Lunatic asylums in Bengal annual reports 1912-1924 - 1912-1924
Year: 1912
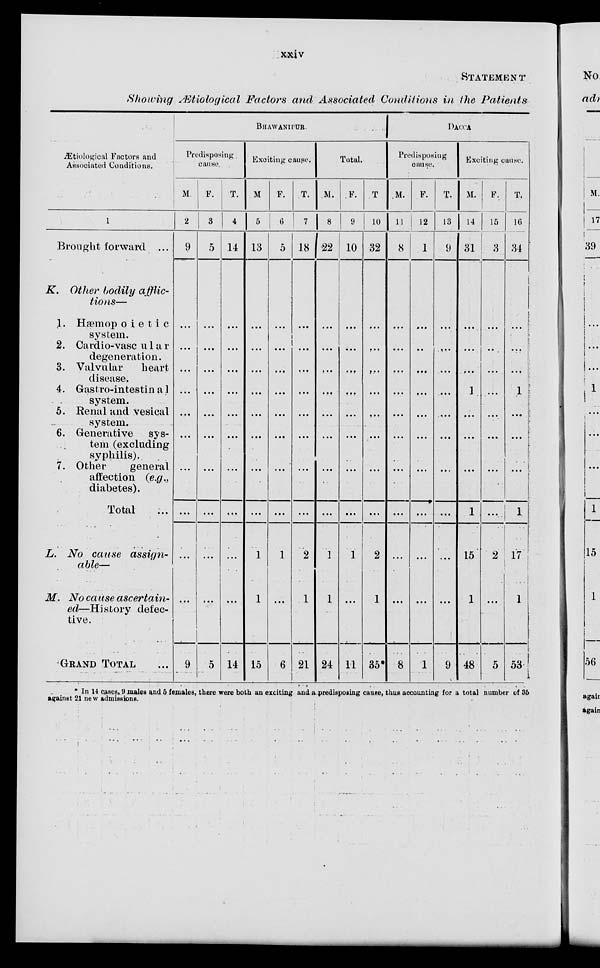
xxiv
STATEMENT
Showing Ætiological Factors and Associated Conditions in the Patients
Ætiological Factors and
Associated Conditions.
1
Brought forward ...
K. Other bodily afflic-
tions—
1. Hæmopoietic
system.
2. Cardio-vascular
degeneration.
3. Valvular
heart
disease.
4. Gastro-intestinal
system.
5. Renal and vesical
system.
6. Generative
sys-
tem (excluding
syphilis)
7. Other
general
affection (e.g.,
diabetes).
Total ...
L. No cause
assign-
able—
M. No cause ascertain-
ed—History detec-
tive.
GRAND TOTAL ...
BHAWANIPUR.
Predisposing
cause.
M
2
9
...
...
...
...
...
...
...
...
...
...
9
F.
3
5
...
...
...
...
...
...
...
...
...
...
5
T.
4
14
...
...
...
...
...
...
...
...
...
...
14
Exciting cause.
M
5
13
...
...
...
...
...
...
...
...
1
1
15
F.
6
5
...
...
...
...
...
...
...
...
1
...
6
T.
7
18
...
...
...
...
...
...
...
...
2
1
21
Total.
M.
8
22
...
...
...
...
...
...
...
...
1
1
24
F.
9
10
...
...
...
...
...
...
...
...
1
...
11
T
10
32
...
...
...
...
...
...
...
...
2
1
35
DACCA
Predisposing
cause.
M.
11
8
...
...
...
...
...
...
...
...
...
...
8
F.
12
1
...
...
...
...
...
...
...
...
...
...
1
T.
13
9
...
...
...
...
......
...
...
...
...
...
9
Exciting cause.
M.
14
31
...
...
...
1
...
...
...
1
15
1
48
F.
15
3
...
...
...
...
...
...
...
...
2
...
5
T.
16
34
...
...
1
...
...
...
1
17
1
53
In 14 cases, 9 males and 6 females, there were both an exciting and a predisposing cause, thus accounting for a total number of 36
against 21 new admissions.